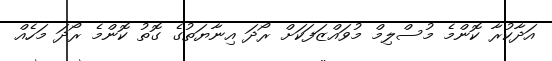
އަދާކުރާ ކޮންމެ މުސްލިމް މުވައްޒަފަކަށް ރޯދަ އިނާޔަތުގެ ގޮތު ކޮންމެ ރޯދަ މަހެއް